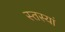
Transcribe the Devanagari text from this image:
स्तस्यां